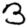
Digit: 3